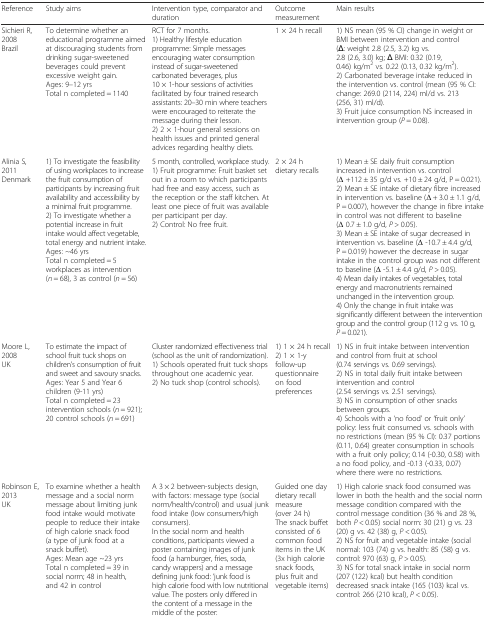
<table><thead><tr><td><b>Reference</b></td><td><b>Study aims</b></td><td><b>Intervention type, comparator and duration</b></td><td><b>Outcome measurement</b></td><td><b>Main results</b></td></tr></thead><tbody><tr><td>Sichieri R, 2008Brazil</td><td>To determine whether an educational programme aimed at discouraging students from drinking sugar-sweetened beverages could prevent excessive weight gain.Ages: 9–12 yrsTotal n completed = 1140</td><td>RCT for 7 months.1) Healthy lifestyle education programme: Simple messages encouraging water consumption instead of sugar-sweetened carbonated beverages, plus 10 × 1-hour sessions of activities facilitated by four trained research assistants: 20–30 min where teachers were encouraged to reiterate the message during their lesson.2) 2 × 1-hour general sessions on health issues and printed general advices regarding healthy diets.</td><td>1 × 24 h recall</td><td>1) NS mean (95 % CI) change in weight or BMI between intervention and control (Δ: weight 2.8 (2.5, 3.2) kg vs. 2.8 (2.6, 3.0) kg; Δ BMI: 0.32 (0.19, 0.46) kg/m<sup>2</sup> vs. 0.22 (0.13, 0.32 kg/m<sup>2</sup>).2) Carbonated beverage intake reduced in the intervention vs. control (mean (95 % CI: change: 269.0 (2114, 224) ml/d vs. 213 (256, 31) ml/d).3) Fruit juice consumption NS increased in intervention group (<i>P</i> = 0.08).</td></tr><tr><td>Alinia S, 2011Denmark</td><td>1) To investigate the feasibility of using workplaces to increase the fruit consumption of participants by increasing fruit availability and accessibility by a minimal fruit programme.2) To investigate whether a potential increase in fruit intake would affect vegetable, total energy and nutrient intake.Ages: ~46 yrsTotal n completed = 5 workplaces as intervention (<i>n</i> = 68), 3 as control (<i>n</i> = 56)</td><td>5 month, controlled, workplace study.1) Fruit programme: Fruit basket set out in a room to which participants had free and easy access, such as the reception or the staff kitchen. At least one piece of fruit was available per participant per day.2) Control: No free fruit.</td><td>2 × 24 h dietary recalls</td><td>1) Mean ± SE daily fruit consumption increased in intervention vs. control (Δ +112 ± 35 g/d vs. +10 ± 24 g/d, P = 0.021).2) Mean ± SE intake of dietary fibre increased in intervention vs. baseline (Δ + 3.0 ± 1.1 g/d, P = 0.007), however the change in fibre intake in control was not different to baseline (Δ 0.7 ± 1.0 g/d, <i>P</i> &gt; 0.05).3) Mean ± SE intake of sugar decreased in intervention vs. baseline (Δ -10.7 ± 4.4 g/d, P = 0.019) however the decrease in sugar intake in the control group was not different to baseline (Δ -5.1 ± 4.4 g/d, <i>P</i> &gt; 0.05).4) Mean daily intakes of vegetables, total energy and macronutrients remained unchanged in the intervention group.4) Only the change in fruit intake was significantly different between the intervention group and the control group (112 g vs. 10 g, <i>P</i> = 0.021).</td></tr><tr><td>Moore L, 2008UK</td><td>To estimate the impact of school fruit tuck shops on children’s consumption of fruit and sweet and savoury snacks.Ages: Year 5 and Year 6 children (9-11 yrs)Total n completed = 23 intervention schools (<i>n</i> = 921); 20 control schools (<i>n</i> = 691)</td><td>Cluster randomized effectiveness trial (school as the unit of randomization).1) Schools operated fruit tuck shops throughout one academic year.2) No tuck shop (control schools).</td><td>1) 1 × 24 h recall2) 1 × 1-y follow-up questionnaire on food preferences</td><td>1) NS in fruit intake between intervention and control from fruit at school (0.74 servings vs. 0.69 servings).2) NS in total daily fruit intake between intervention and control (2.54 servings vs. 2.51 servings).3) NS in consumption of other snacks between groups.4) Schools with a ‘no food’ or ‘fruit only’ policy: less fruit consumed vs. schools with no restrictions (mean (95 % CI): 0.37 portions (0.11, 0.64) greater consumption in schools with a fruit only policy; 0.14 (-0.30, 0.58) with a no food policy, and -0.13 (-0.33, 0.07) where there were no restrictions.</td></tr><tr><td>Robinson E, 2013UK</td><td>To examine whether a health message and a social norm message about limiting junk food intake would motivate people to reduce their intake of high calorie snack food (a type of junk food at a snack buffet).Ages: Mean age ~23 yrsTotal n completed = 39 in social norm; 48 in health, and 42 in control</td><td>A 3 × 2 between-subjects design, with factors: message type (social norm/health/control) and usual junk food intake (low consumers/high consumers).In the social norm and health conditions, participants viewed a poster containing images of junk food (a hamburger, fries, soda, candy wrappers) and a message defining junk food: ‘junk food is high calorie food with low nutritional value. The posters only differed in the content of a message in the middle of the poster:1) Social norm: ‘Students eat less junk food than you might realise. Most students limit how much junk food they are eating to 1 or less than 1 serving/d (based on a 2012 study).2) Health condition: ‘Reducing junk food intake is good for your health. Limiting junk food to 1 or less than 1 serving a day is part of a healthy diet (based on a 2012 study).3) Control: Message emphasised the importance of preparing in Ladvance for exams.</td><td>Guided one day dietary recall measure (over 24 h)The snack buffet consisted of 6 common food items in the UK (3x high calorie snack foods, plus fruit and vegetable items)</td><td>1) High calorie snack food consumed was lower in both the health and the social norm message condition compared with the control message condition (36 % and 28 %, both <i>P</i> &lt; 0.05) social norm: 30 (21) g vs. 23 (20) g vs. 42 (38) g, <i>P</i> &lt; 0.05).2) NS for fruit and vegetable intake (social normal: 103 (74) g vs. health: 85 (58) g vs. control: 970 (63) g, <i>P</i> &gt; 0.05).3) NS for total snack intake in social norm (207 (122) kcal) but health condition decreased snack intake (165 (103) kcal vs. control: 266 (210 kcal), <i>P</i> &lt; 0.05).</td></tr></tbody></table>